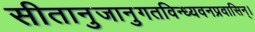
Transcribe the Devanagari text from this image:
सीतानुजानुगतविन्ध्यवनप्रवासिन्।